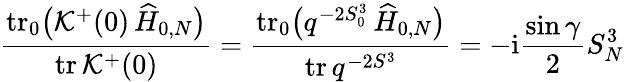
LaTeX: \frac{\mathrm{tr}{\vphantom|}_{0}\bigl({\cal K}^{+}(0)\, \widehat{H}_{0,N}\bigr)}{\mathrm{tr}\, {\cal K}^{+}(0)}=\frac{\mathrm{tr}{\vphantom|}_{0}\bigl(q^{-2S_{0}^{3}}\, \widehat{H}_{0,N}\bigr)}{\mathrm{tr}\, q^{-2S^{3}}}=-\mathrm{i}\frac{\sin\gamma}{2}S_{N}^{3}